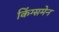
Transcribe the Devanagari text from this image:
किंग्समेन